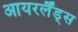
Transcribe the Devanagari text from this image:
आयरर्लैंड्स